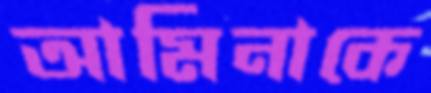
আমিনাকে